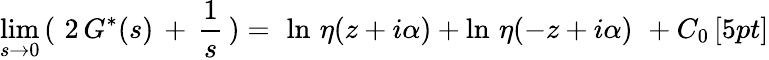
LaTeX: \operatorname*{lim}_{s\rightarrow 0}\, (\, \, 2\, G^{*}(s)\, +\, \frac{1}{s}\, )=\, \, \ln\, \eta(z+i\alpha)+\ln\, \eta(-z+i\alpha)\, \, +C_{0}\, [5pt]